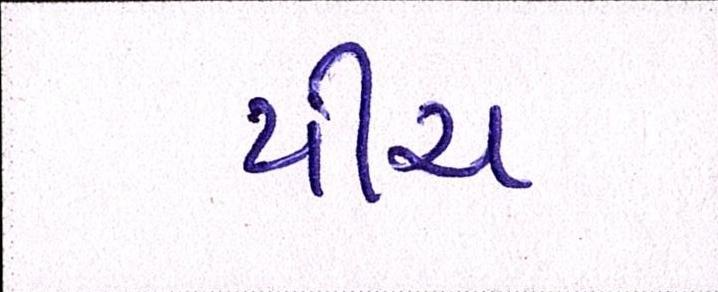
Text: પીચ